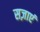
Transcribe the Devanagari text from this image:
सज़ाएं